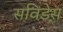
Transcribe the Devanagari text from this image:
सविडेस